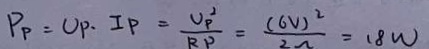
P _ { P } = U P \cdot I P = \frac { U _ { P } ^ { 2 } } { R P } = \frac { ( 6 V ) ^ { 2 } } { 2 \Omega } = 1 8 w